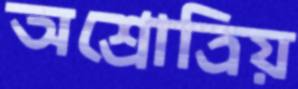
অশ্রোত্রিয়